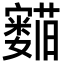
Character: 𬟛